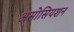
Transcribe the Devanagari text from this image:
असोसियशन